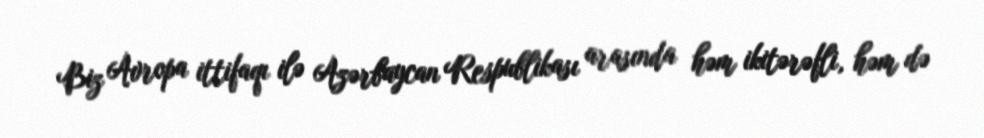
Biz Avropa ittifaqı ilə Azərbaycan Respublikası arasında həm ikitərəfli, həm də